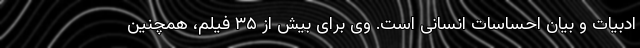
ادبیات و بیان احساسات انسانی است. وی برای بیش از ۳۵ فیلم، همچنین